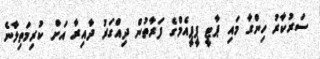
ސަރުކާރު ހިންގާ މައި ޕާޓީ ޕީޕީއެމްގެ ފަރާތުން ދިއްގަރު ދާއިރާ އަށް ކުރިމަތިލާނެ